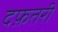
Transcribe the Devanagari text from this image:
दफ़तरी